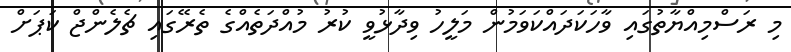
މި ރަސްމިއްޔާތުގައި ވާހަކަދައްކަވަމުން މަލީހު ވިދާޅުވީ ކުރު މުއްދަތެއްގެ ތެރޭގައި ޗެލެންޖް ކަޕަށް